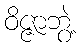
ဝိဇ္ဇာဘွဲ့